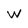
Character: W